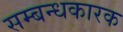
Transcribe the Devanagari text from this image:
सम्बन्धकारक